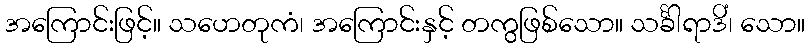
အကြောင်းဖြင့်။ သဟေတုကံ၊ အကြောင်းနှင့် တကွဖြစ်သော။ သင်္ခါရာဒိံ၊ သော။